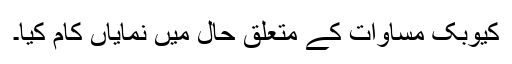
کیوبک مساوات کے متعلق حال میں نمایاں کام کیا۔